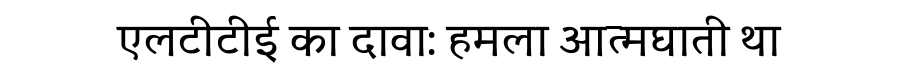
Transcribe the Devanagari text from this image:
एलटीटीई का दावा: हमला आत्मघाती था